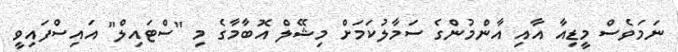
ނަމަވެސް މީޑިއާ އާއި އާންމުންގެ ސަމާލުކަމަށް މިޝޭލް އޮބާމާގެ މި "ސްޓައިލް" އައިސްފައިވީ